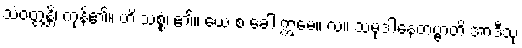
သံဝတ္တန္တိ၊ ကုန်၏။ ဟိ သစ္စံ၊ ၏။ ယေ စ ခေါ ဣမေ။ လ။ သမုဒါနေတဗ္ဗာတိ အာဒီသု